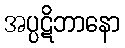
အပ္ပဋိဘာနော